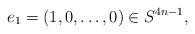
LaTeX: \begin{align*} e_1 = (1,0,\ldots,0) \in S^{4n-1},\end{align*}